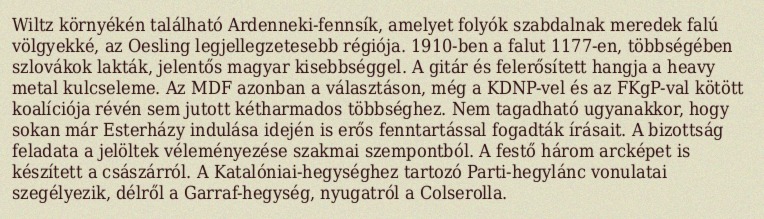
Wiltz környékén található Ardenneki-fennsík, amelyet folyók szabdalnak meredek falú völgyekké, az Oesling legjellegzetesebb régiója. 1910-ben a falut 1177-en, többségében szlovákok lakták, jelentős magyar kisebbséggel. A gitár és felerősített hangja a heavy metal kulcseleme. Az MDF azonban a választáson, még a KDNP-vel és az FKgP-val kötött koalíciója révén sem jutott kétharmados többséghez. Nem tagadható ugyanakkor, hogy sokan már Esterházy indulása idején is erős fenntartással fogadták írásait. A bizottság feladata a jelöltek véleményezése szakmai szempontból. A festő három arcképet is készített a császárról. A Katalóniai-hegységhez tartozó Parti-hegylánc vonulatai szegélyezik, délről a Garraf-hegység, nyugatról a Colserolla.